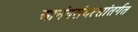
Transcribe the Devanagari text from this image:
आनंदसंवत्सांतर्गत